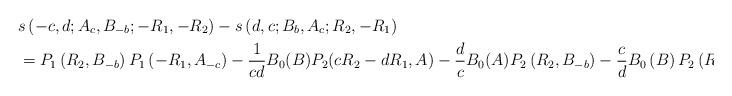
LaTeX: \begin{align*}& s\left( -c,d;A_{c},B_{-b};-R_{1},-R_{2}\right) -s\left( d,c;B_{b},A_{c};R_{2},-R_{1}\right) \\& =P_{1}\left( R_{2},B_{-b}\right) P_{1}\left( -R_{1},A_{-c}\right)-\frac{1}{cd}B_{0}(B)P_{2}(cR_{2}-dR_{1},A)-\frac{d}{c}B_{0}(A)P_{2}\left(R_{2},B_{-b}\right) -\frac{c}{d}B_{0}\left( B\right) P_{2}\left(R_{1},A_{c}\right) .\end{align*}